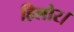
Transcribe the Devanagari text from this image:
हिलोर।